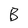
Character: B